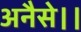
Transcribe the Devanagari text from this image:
अनैसे।।